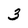
Character: 3